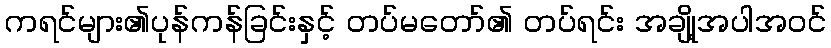
ကရင်များ၏ပုန်ကန်ခြင်းနှင့် တပ်မတော်၏ တပ်ရင်း အချို့အပါအဝင်